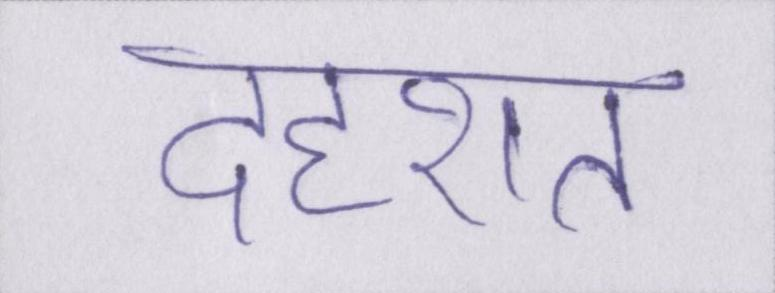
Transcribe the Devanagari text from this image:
दहशत